342_HS1-416511228_319.1 Flying Discs 1949
Agency: Department of War
Incident date: 1/9/50
Page 136
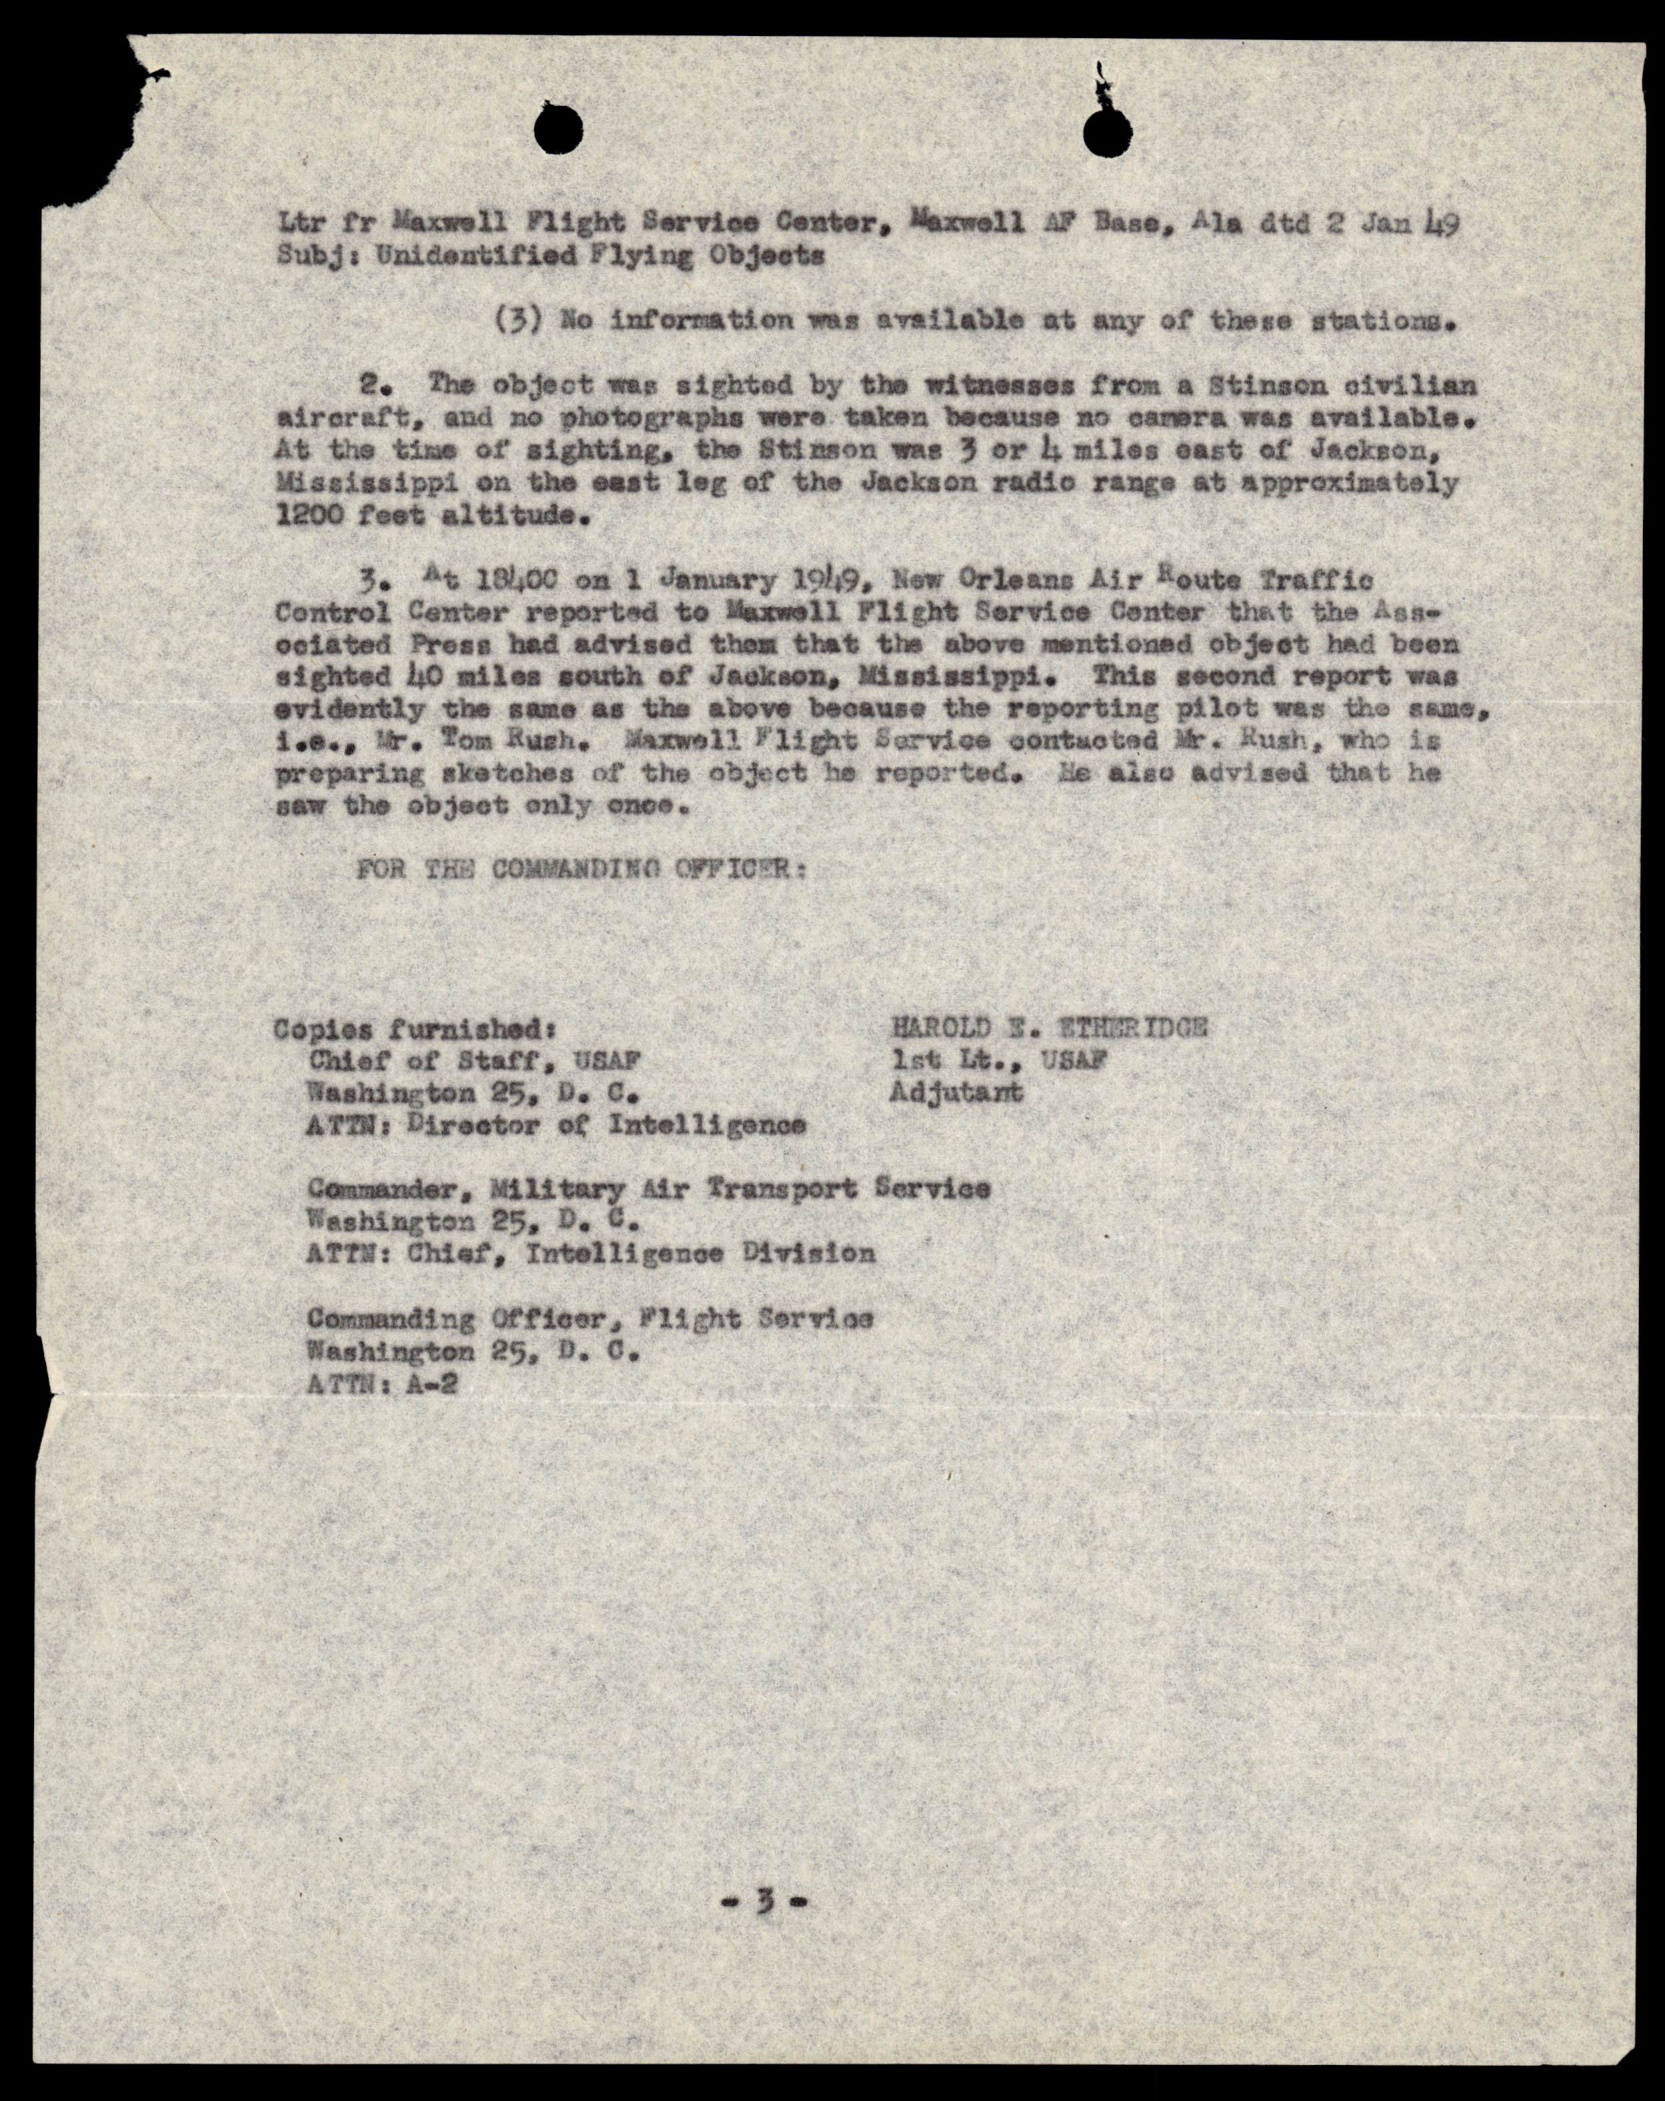